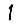
Digit: 1